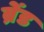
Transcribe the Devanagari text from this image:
ब्रेंड